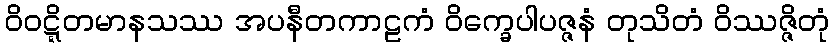
ဝိဝဋ္ဋိတမာနသဿ အပနီတကာဠကံ ဝိက္ခေပါပဇ္ဇနံ တုသိတံ ဝိဿဇ္ဇိတုံ